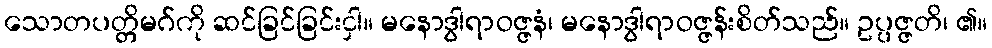
သောတပတ္တိမဂ်ကို ဆင်ခြင်ခြင်းငှါ။ မနောဒွါရာဝဇ္ဇနံ၊ မနောဒွါရာဝဇ္ဇန်းစိတ်သည်။ ဥပ္ပဇ္ဇတိ၊ ၏။